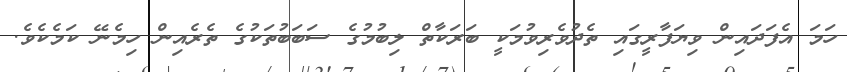
ހަމަ އެފަދައިން ވިޔަފާރީގައި ތެދުވެރިވުމަކީ ބަރަކާތް ލިބުމުގެ ސަބަބުތަކުގެ ތެރެއިން ހިމެނޭ ކަމެކެވެ.